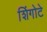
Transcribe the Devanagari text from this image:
शिंगोटे